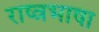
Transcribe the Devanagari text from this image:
राष्त्रभाषा